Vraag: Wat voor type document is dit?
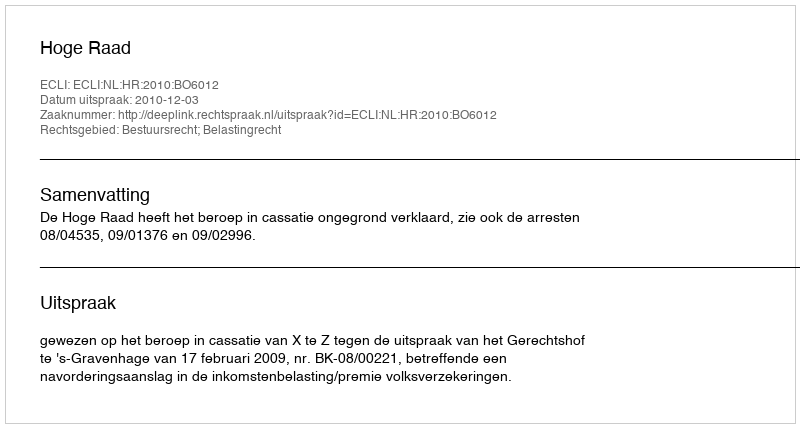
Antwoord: Uitspraak